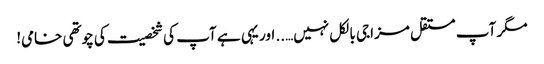
مگر آپ مستقل مزاجی بالکل نہیں….. اور یہی ہے آپ کی شخصیت کی چوتھی خامی!